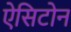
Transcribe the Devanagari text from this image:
ऐसिटोन